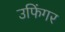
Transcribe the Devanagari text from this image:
उफिंगर